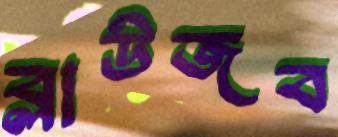
ব্লাউজব